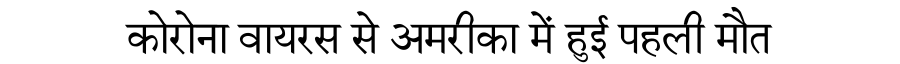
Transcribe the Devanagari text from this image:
कोरोना वायरस से अमरीका में हुई पहली मौत